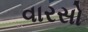
વારસો